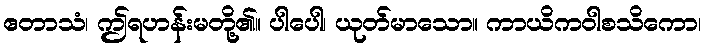
ဧတာသံ၊ ဤရဟန်းမတို့၏။ ပါပေါ၊ ယုတ်မာသော။ ကာယိကဝါစသိကော၊